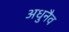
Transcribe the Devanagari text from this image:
अधुनैव